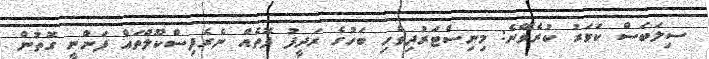
ސިލަބަސް ކަވަރު ކުރެވޭނެ: މިނިސްޓަރުދިވެހި ބަހުގެ ރަދީފު ފޮތެއް ނެރެފިސްކޫލްތައް ފަންނީ ގޮތުން